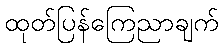
ထုတ်ပြန်ကြေညာချက်